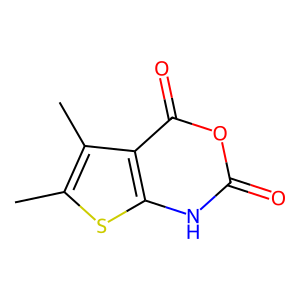
SMILES: Cc1sc2[nH]c(=O)oc(=O)c2c1C
Inhibits HIV replication: No